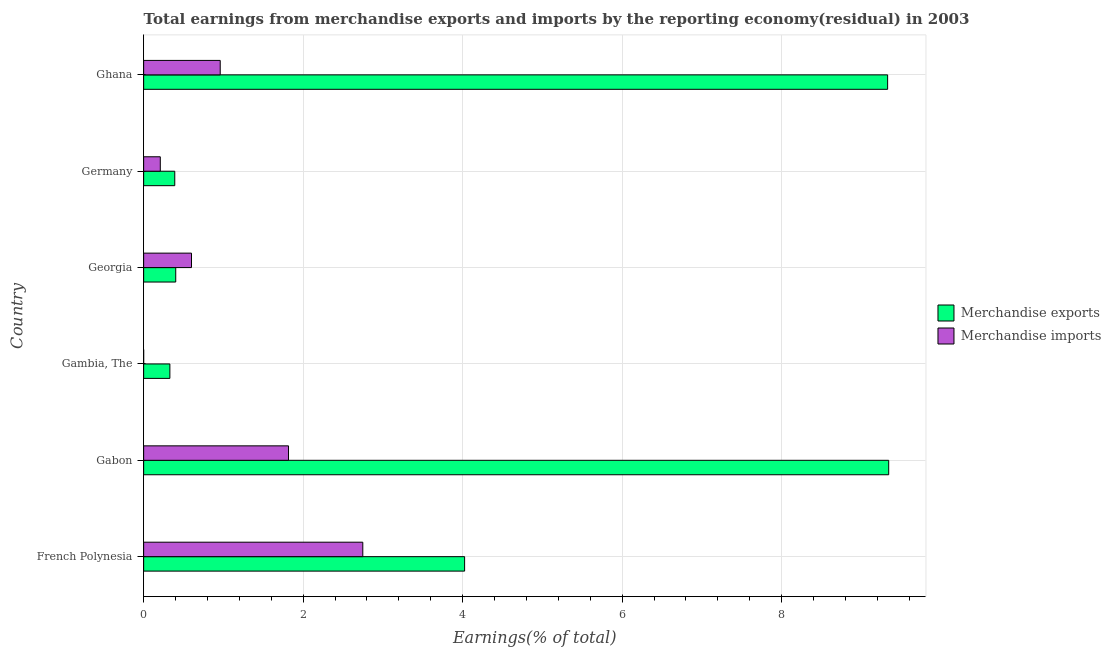
| Country | Merchandise exports | Merchandise imports |
 | --- | --- | --- |
 | French Polynesia | 4.02 | 2.75 |
 | Gabon | 9.34 | 1.82 |
 | Gambia, The | 0.329 | -1.12e-09 |
 | Georgia | 0.402 | 0.6 |
 | Germany | 0.39 | 0.209 |
 | Ghana | 9.33 | 0.96 |